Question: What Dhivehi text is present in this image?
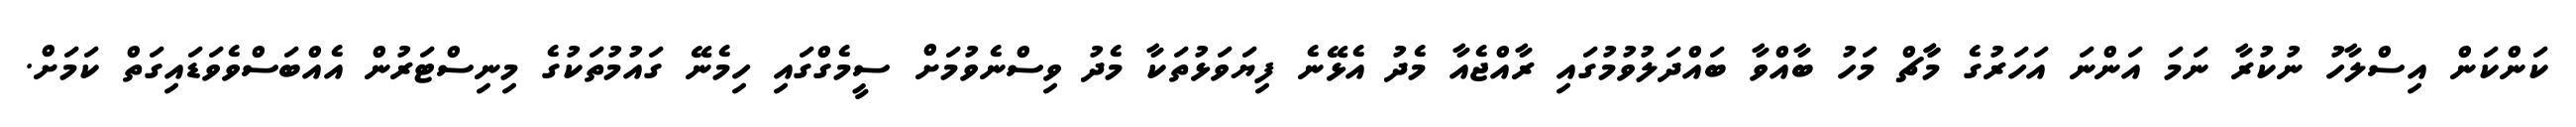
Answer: ކަންކަން އިސްލާހު ނުކުރާ ނަމަ އަންނަ އަހަރުގެ މާާޗް މަހު ބާއްވާ ބައްދަލުވުމުގައި ރާއްޖެއާ މެދު އެޅޭނެ ފިޔަވަޅުތަކާ މެދު ވިސްނެވުމަށް ސީމެގްގައި ހިމެނޭ ގައުމުތަކުގެ މިނިސްޓަރުން އެއްބަސްވެވަޑައިގަތް ކަމަށް.